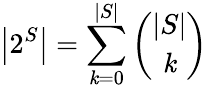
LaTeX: \left|2^{S}\right|=\sum_{\mathit{k}=0}^{|S|}{\binom{|S|}{\mathit{k}}}